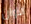
الآوان